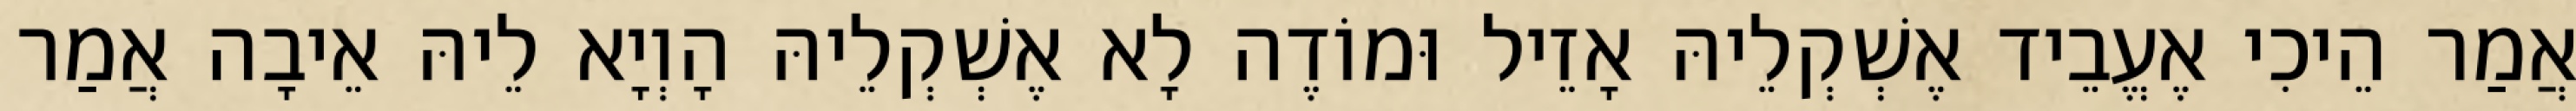
אֲמַר הֵיכִי אֶעֱבֵיד אֶשְׁקְלֵיהּ אָזֵיל וּמוֹדֶה לָא אֶשְׁקְלֵיהּ הָוְיָא לֵיהּ אֵיבָה אֲמַר